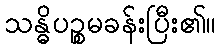
သန္ဓိပဉ္စမခန်းပြီး၏။